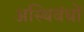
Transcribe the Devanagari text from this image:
अस्थिवंधों